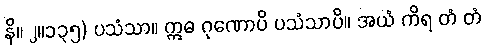
နိ။ ၂။၁၃၅) ပသံသာ။ ဣဓ ဂုဏောပိ ပသံသာပိ။ အယံ ကိရ တံ တံ